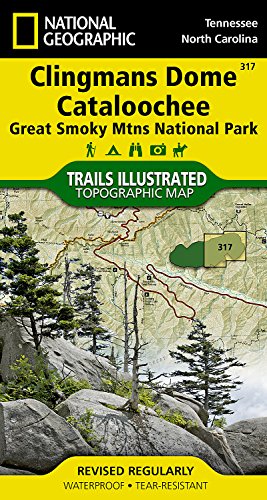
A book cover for Clingmans Dome, Cataloochee: Great Smoky Mountains National Park (National Geographic Trails Illustrated Map); National Geographic Maps - Trails Illustrated; Travel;